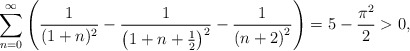
\begin{align*}\sum_{n=0}^\infty\left(\frac{1}{(1+n)^2}-\frac{1}{\left(1+n+\frac{1}{2}\right)^2}-\frac{1}{\left(n+2\right)^2}\right) = 5-\frac{\pi^2}{2}>0,\end{align*}